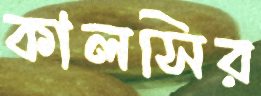
কালসির